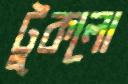
টুকলো